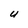
Character: U